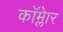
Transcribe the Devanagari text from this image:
कॉम्लेार